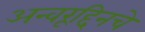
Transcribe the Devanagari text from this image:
अन्वरूद्दिनचे